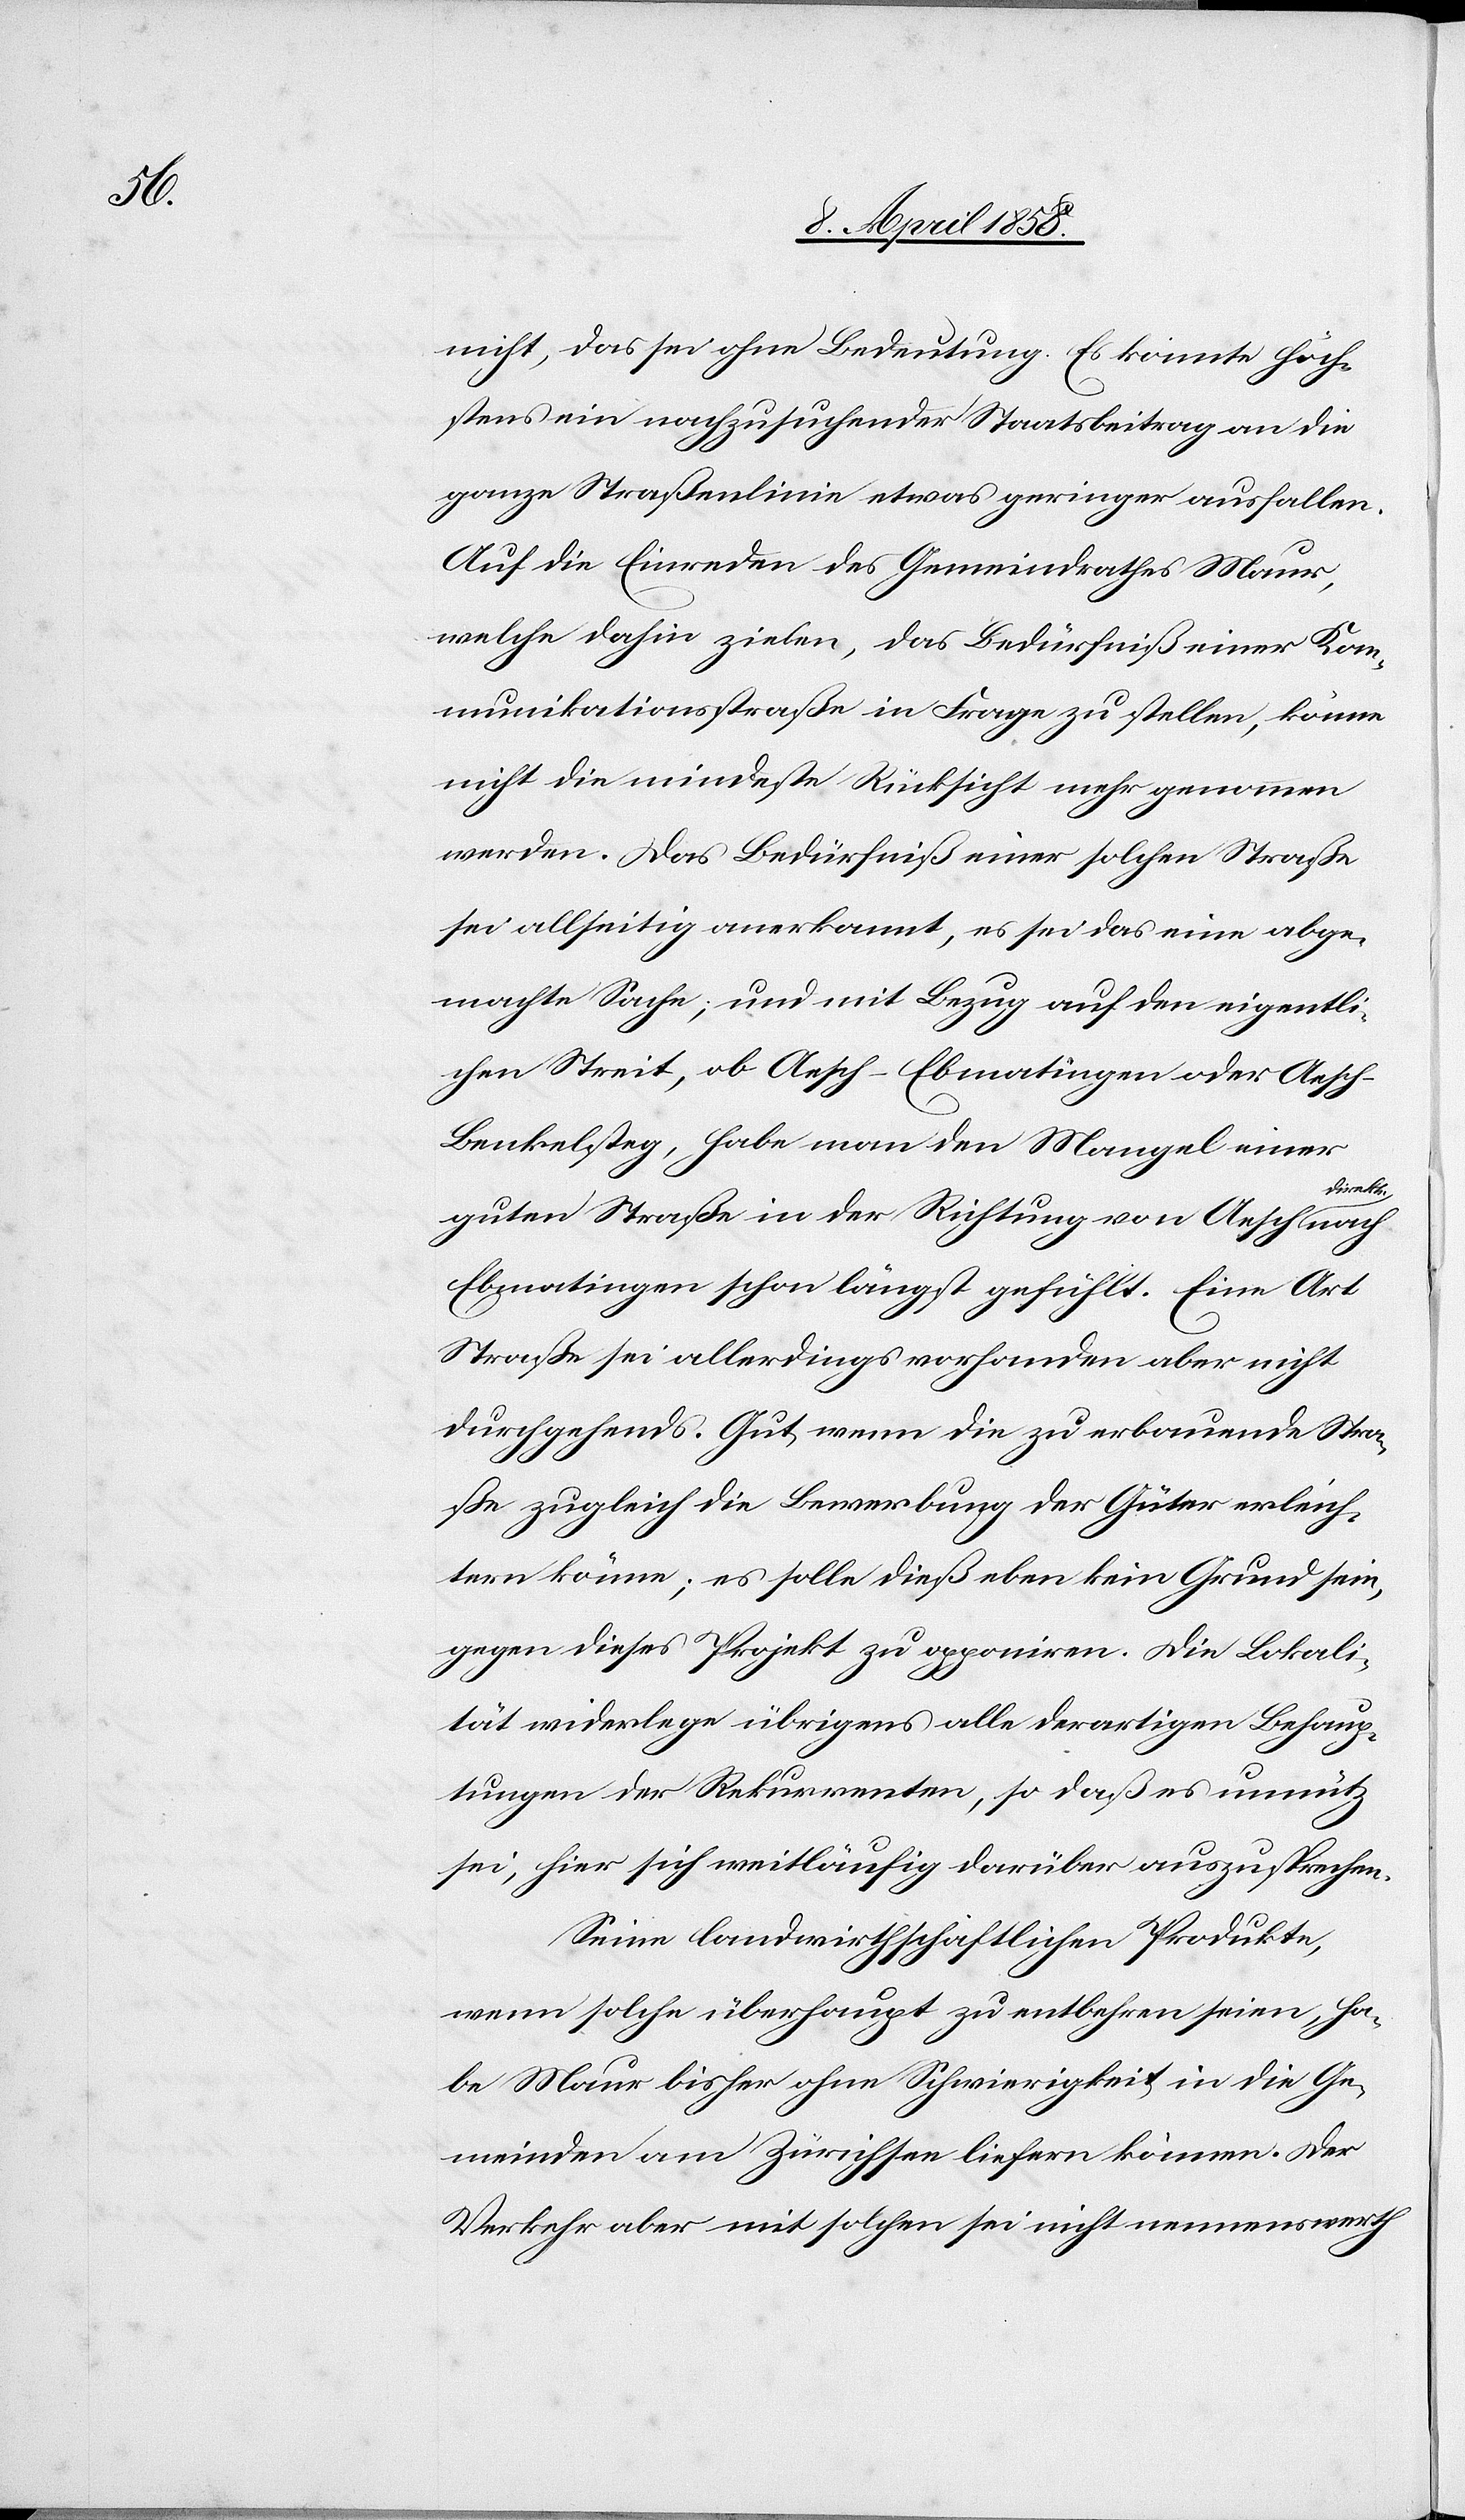
nicht, das sei ohne Bedeutung. Es konnte höch¬
stens ein nachzusuchender Staatsbeitrag an die
ganze Straßenlinie etwas geringer ausfallen.
Auf die Einreden des Gemeindrathes Maur,
welche dahin zielen, das Bedürfniß einer Kom¬
munikationsstraße in Frage zu stellen, könne
nicht die mindeste Rücksicht mehr genommen
werden. Das Bedürfniß einer solchen Straße
sei allseitig anerkannt, es sei das eine abge¬
machte Sache, und mit Bezug auf den eigentli¬
chen Streit, ob Aesch–Ebmatingen oder Aesch–B¬
enkelsteg, habe man den Mangel einer
direkte
guten Straße in der Richtung von Aesch
Ebmatingen schon längst gefühlt. Eine Art
Straße sei allerdings vorhanden aber nicht
durchgehends. Gut, wenn die zu erbauende Stra¬
ße zugleich die Bewerbung der Güter erleich¬
tern könne; es solle dieß eben kein Grund sein,
gegen dieses Projekt zu opponiren. Die Lokali¬
tät widerlege übrigens alle derartigen Behaup¬
tungen der Rekurrenten, so daß es unnütz
sei, hier sich mitläufig darüber auszusprechen.
Seine landwirthschaftlichen Produkte,
wenn solche überhaupt zu entbehren seien, ha¬
be Maur bisher ohne Schwierigkeit in die Ge¬
meinden am Zürichsee liefern können. Der
Verkehr aber mit solchen sei nicht nennenswerth